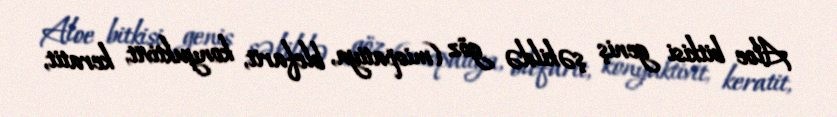
Aloe bitkisi geniş şəkildə göz (miopatiya, blefarit, konyuktivit, keratit,